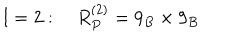
LaTeX: l = 2 : \quad R _ { P } ^ { ( 2 ) } = 9 _ { B } \times 9 _ { B }